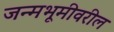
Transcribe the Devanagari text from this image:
जन्मभूमीवरील